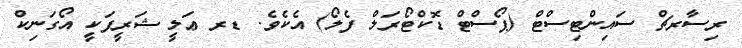
ރިސާރޗް ސައިންޓިސްޓް (ޕޯސްޓް ޑޮކްޓޯރަލް ފެލޯ) އެކެވެ. ޑރ ޢަލީ ޝަރީފަކީ އޯގަނިކް